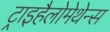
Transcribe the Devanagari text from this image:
ट्राइहैलोमेथेन्स